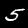
Digit: 5